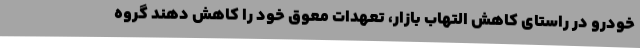
خودرو در راستای کاهش التهاب بازار، تعهدات معوق خود را کاهش دهند گروه